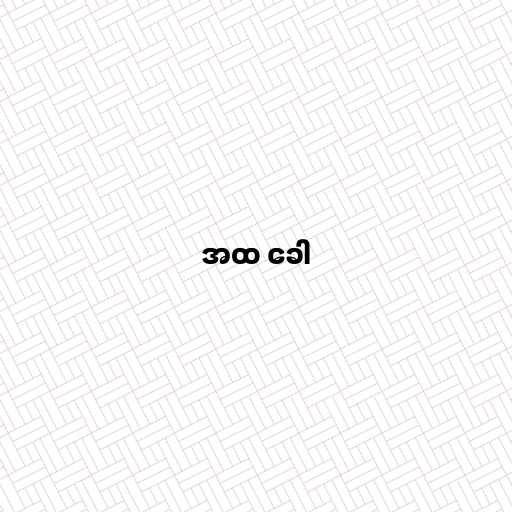
အထ ခေါ